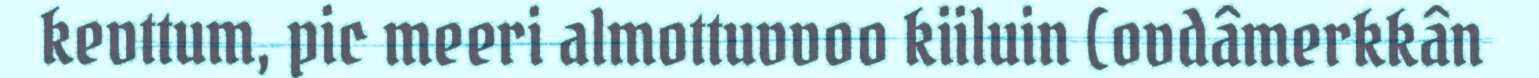
kevttum, pic meeri almottuvvoo kiiluin (ovdâmerkkân